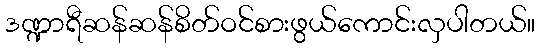
ဒဏ္ဍာရီဆန်ဆန်စိတ်ဝင်စားဖွယ်ကောင်းလှပါတယ်။